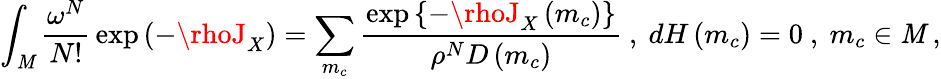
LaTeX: \int_{\mathit{M}}{\frac{{\omega^{N}}}{{N!}}}\exp\left(-\rhoJ_{X}\right)=\sum_{m_{c}}{\frac{{\exp\left\{ -\rhoJ_{X}\left(m_{c}\right)\right\} }}{{\rho^{N}D\left(m_{c}\right)}}}\ ,\ dH\left(m_{c}\right)=0\ ,\ m_{c}\in\mathit{M}\ ,